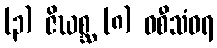
(၃) ဇိဃစ္ဆ (၈) ဝစီသံဝရ